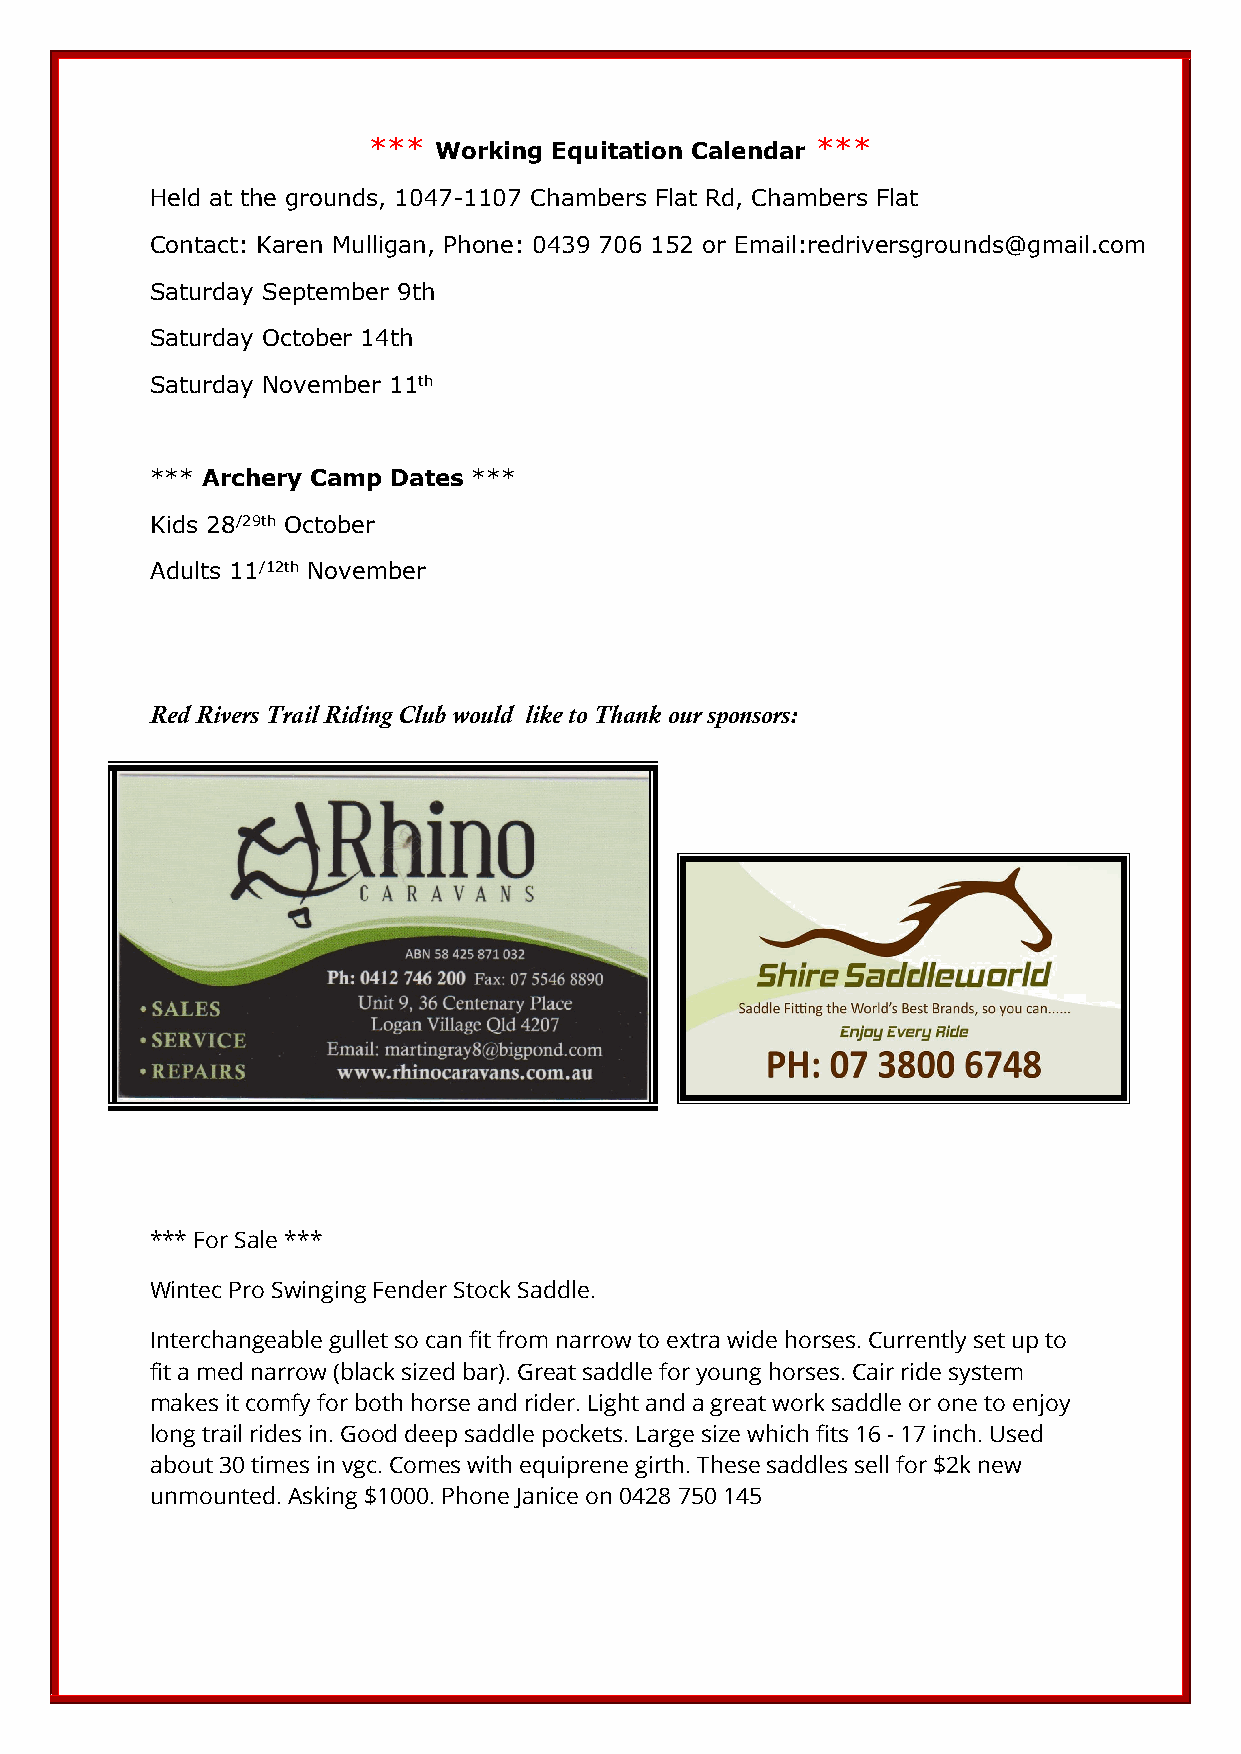
***  Working Equitation Calendar ***
 Held at the grounds, 1047-1107 Chambers Flat Rd, Chambers Flat
 Contact: Karen Mulligan, Phone: 0439 706 152 or Email:redriversgrounds@gmail.com
 Saturday September 9th
 Saturday October 14th
 Saturday November 11th
 *** Archery Camp Dates ***
 Kids 28/29th October
 Adults 11/12th November
 Red Rivers Trail Riding Club would like to Thank our sponsors:
 *** For Sale ***
 Wintec Pro Swinging Fender Stock Saddle.
 Interchangeable gullet so can fit from narrow to extra wide horses. Currently set up to
 fit a med narrow (black sized bar). Great saddle for young horses. Cair ride system
 makes it comfy for both horse and rider. Light and a great work saddle or one to enjoy
 long trail rides in. Good deep saddle pockets. Large size which fits 16 - 17 inch. Used
 about 30 times in vgc. Comes with equiprene girth. These saddles sell for $2k new
 unmounted. Asking $1000. Phone Janice on 0428 750 145